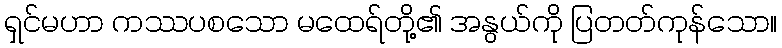
ရှင်မဟာ ကဿပစသော မထေရ်တို့၏ အနွယ်ကို ပြတတ်ကုန်သော။